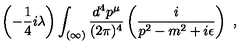
\left( - \frac { 1 } { 4 } i \lambda \right) \int _ { ( \infty ) } \frac { d ^ { 4 } p ^ { \mu } } { ( 2 \pi ) ^ { 4 } } \left( \frac { i } { p ^ { 2 } - m ^ { 2 } + i \epsilon } \right) \ ,